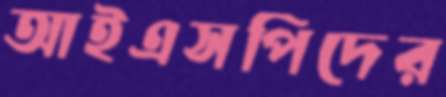
আইএসপিদের